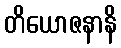
တိယောဇနာနိ